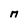
Character: M